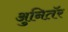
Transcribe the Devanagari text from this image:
अुनितॅर